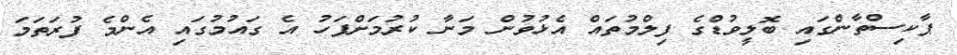
ޕާކިސްތާންގައި ބޮލީވުޑްގެ ފިލްމުތައް އެޅުވުން މަނާ ކުރުމަށްފަހު އެ ގައުމުގައި އެންމެ ފުރަތަމަ